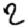
Digit: 2